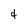
Character: 4